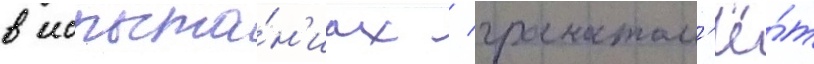
в испыта́н'иах / гранатом'ё́т